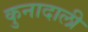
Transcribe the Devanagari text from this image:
कुनादाली